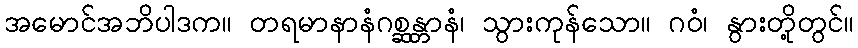
အမောင်အဘိပါဒက။ တရမာနာနံဂစ္ဆန္တာနံ၊ သွားကုန်သော။ ဂဝံ၊ နွားတို့တွင်။